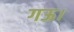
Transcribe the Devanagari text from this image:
गऊ।